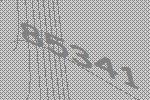
85341